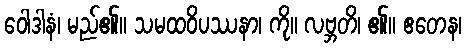
ဝေါဒါနံ၊ မည်၏။ သမထဝိပဿနာ၊ ကို။ လဗ္ဘတိ၊ ၏။ ဧတေန၊